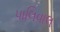
પાલિવાલ